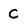
Character: c